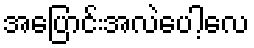
အပြောင်းအလဲပေါ့လေ